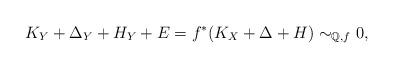
LaTeX: \begin{align*}K_Y+\Delta_Y+H_Y+E=f^*(K_X+\Delta+H)\sim_{\mathbb{Q},f} 0,\end{align*}